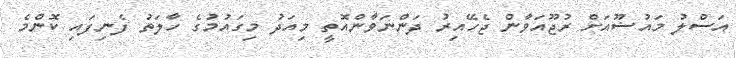
އަސްލު މައުޟޫއަށް ރުޖޫއަވާން ޖެހޭއިރު ދަންނަވާންއޮތީ މިއަދު މިގައުމުގެ ހާލަތު ފެނިފައި ކޮންމެ